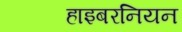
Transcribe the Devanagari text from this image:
हाइबरनियन